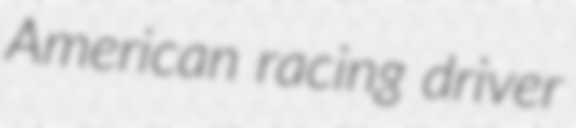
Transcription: American racing driver